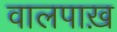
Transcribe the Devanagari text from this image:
वालपाख़